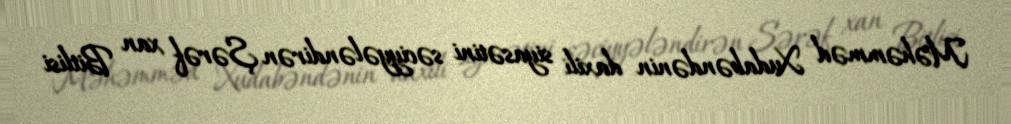
Məhəmməd Xudabəndənin daxili siyasətini səciyyələndirən Şərəf xan Bitlisi